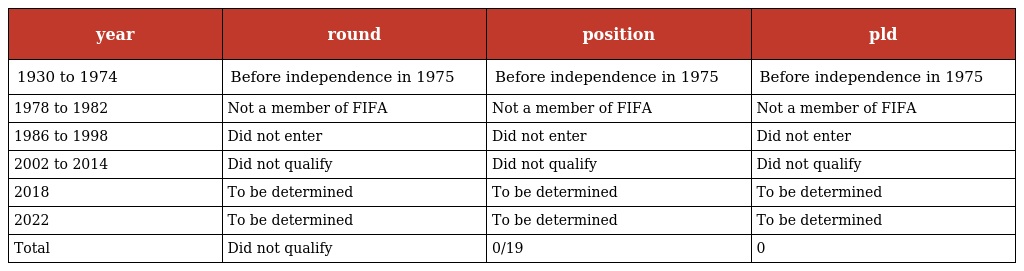
| year | round | position | pld |
 | --- | --- | --- | --- |
 | 1930 to 1974 | Before independence in 1975 | Before independence in 1975 | Before independence in 1975 |
 | 1978 to 1982 | Not a member of FIFA | Not a member of FIFA | Not a member of FIFA |
 | 1986 to 1998 | Did not enter | Did not enter | Did not enter |
 | 2002 to 2014 | Did not qualify | Did not qualify | Did not qualify |
 | 2018 | To be determined | To be determined | To be determined |
 | 2022 | To be determined | To be determined | To be determined |
 | Total | Did not qualify | 0/19 | 0 |